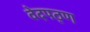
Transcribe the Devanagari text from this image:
वेदपठ्ण